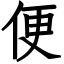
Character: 便